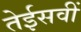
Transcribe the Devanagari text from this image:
तेईसवीं